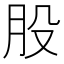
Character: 股